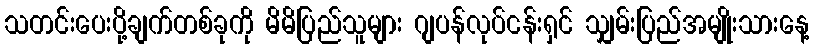
သတင်းပေးပို့ချက်တစ်ခုကို မိမိပြည်သူများ ဂျပန်လုပ်ငန်းရှင် သျှမ်းပြည်အမျိုးသားနေ့